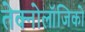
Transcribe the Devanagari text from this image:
तेक्नोलॉजिको